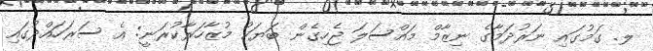
ލ. ގަމުގައި ނަރުދަމާގެ ނިޒާމް މައްސަލަ ޖެހިގެން ބަޔަކު މުޒާހަރާކުރަނީ: އެ ސަރަހައްދުގައި